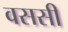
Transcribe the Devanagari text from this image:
वससी